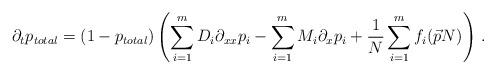
LaTeX: \begin{align*}\partial_t p_{total} = (1-p_{total}) \left( \sum_{i=1}^{m} D_i \partial_{xx} p_i - \sum_{i=1}^m M_i \partial_x p_i + \frac{1}{N}\sum_{i=1}^m f_i (\vec{p}N)\right)\, .\end{align*}